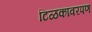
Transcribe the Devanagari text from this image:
टिळकांवरपण